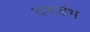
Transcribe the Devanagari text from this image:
दशडंभ